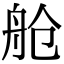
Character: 舱